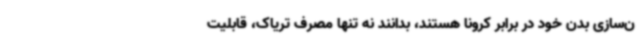
ن‌سازی بدن خود در برابر کرونا هستند، بدانند نه تنها مصرف تریاک، قابلیت